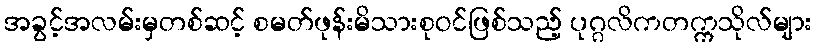
အခွင့်အလမ်းမှတစ်ဆင့် စမတ်ဖုန်းမိသားစုဝင်ဖြစ်သည့် ပုဂ္ဂလိကတက္ကသိုလ်များ